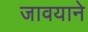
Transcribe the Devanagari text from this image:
जावयाने